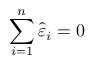
\sum _ { i = 1 } ^ { n } { \hat { \varepsilon } } _ { i } = 0